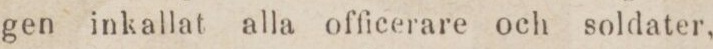
gen inkallat alla officerare och soldater,